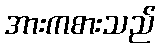
အားကစားသည်